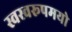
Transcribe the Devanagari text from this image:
स्वस्वरूपमयो